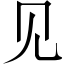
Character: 见